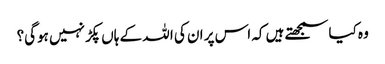
وہ کیاسمجھتے ہیں کہ اس پر ان کی ا للہ کے ہاں پکڑ نہیں ہوگی؟